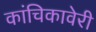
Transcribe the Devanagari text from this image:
कांचिकावेरी